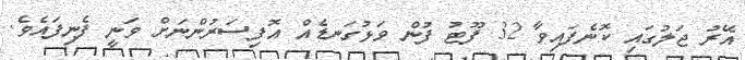
އޭރު ޖަލުގައި ކޮނެފައިވާ 32 ފޫޓު ފުން ވަޅުގަނޑެއް އޮފިސަރުންނަށް ވަނީ ފެނިފައެވެ.